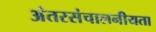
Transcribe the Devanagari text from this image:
अंतरसंचालनीयता